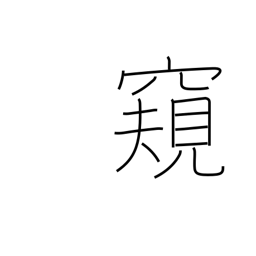
Meaning: spy on